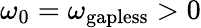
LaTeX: \omega_{0}=\omega_{\mathrm{gapless}}>0